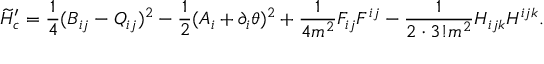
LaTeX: \widetilde { H } _ { c } ^ { \prime } = \frac { 1 } { 4 } ( B _ { i j } - Q _ { i j } ) ^ { 2 } - \frac { 1 } { 2 } ( A _ { i } + \partial _ { i } \theta ) ^ { 2 } + \frac { 1 } { 4 m ^ { 2 } } F _ { i j } F ^ { i j } - \frac { 1 } { 2 \cdot 3 ! m ^ { 2 } } H _ { i j k } H ^ { i j k } .